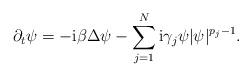
LaTeX: \begin{align*}\partial_t \psi=-\mathrm i \beta \Delta \psi - \sum_{j=1}^N \mathrm i \gamma_j \psi |\psi|^{p_j-1}.\end{align*}